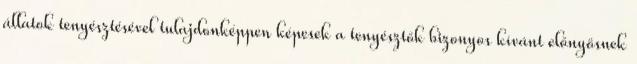
állatok tenyésztésével tulajdonképpen képesek a tenyésztők bizonyos kívánt előnyösnek